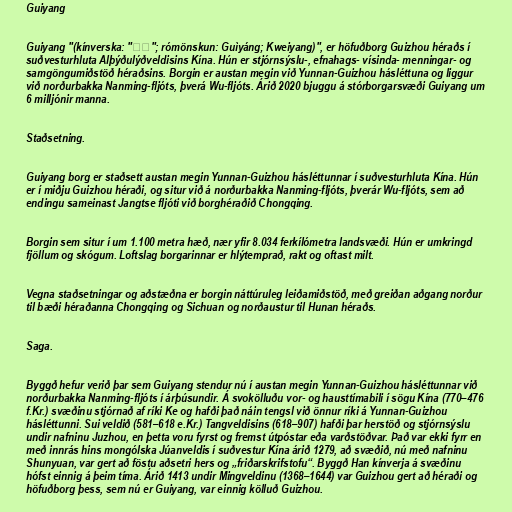
Guiyang

Guiyang "(kínverska: "贵阳"; rómönskun: Guìyáng; Kweiyang)", er höfuðborg Guizhou héraðs í
suðvesturhluta Alþýðulýðveldisins Kína. Hún er stjórnsýslu-, efnahags- vísinda- menningar- og
samgöngumiðstöð héraðsins. Borgin er austan megin við Yunnan-Guizhou hásléttuna og liggur
við norðurbakka Nanming-fljóts, þverá Wu-fljóts. Árið 2020 bjuggu á stórborgarsvæði Guiyang um
6 milljónir manna.

Staðsetning.

Guiyang borg er staðsett austan megin Yunnan-Guizhou hásléttunnar í suðvesturhluta Kína. Hún
er í miðju Guizhou héraði, og situr við á norðurbakka Nanming-fljóts, þverár Wu-fljóts, sem að
endingu sameinast Jangtse fljóti við borghéraðið Chongqing.

Borgin sem situr í um 1.100 metra hæð, nær yfir 8.034 ferkílómetra landsvæði. Hún er umkringd
fjöllum og skógum. Loftslag borgarinnar er hlýtemprað, rakt og oftast milt.

Vegna staðsetningar og aðstæðna er borgin náttúruleg leiðamiðstöð, með greiðan aðgang norður
til bæði héraðanna Chongqing og Sichuan og norðaustur til Hunan héraðs.

Saga.

Byggð hefur verið þar sem Guiyang stendur nú í austan megin Yunnan-Guizhou hásléttunnar við
norðurbakka Nanming-fljóts í árþúsundir. Á svokölluðu vor- og hausttímabili í sögu Kína (770–476
f.Kr.) svæðinu stjórnað af ríki Ke og hafði það náin tengsl við önnur ríki á Yunnan-Guizhou
hásléttunni. Sui veldið (581–618 e.Kr.) Tangveldisins (618–907) hafði þar herstöð og stjórnsýslu
undir nafninu Juzhou, en þetta voru fyrst og fremst útpóstar eða varðstöðvar. Það var ekki fyrr en
með innrás hins mongólska Júanveldis í suðvestur Kína árið 1279, að svæðið, nú með nafninu
Shunyuan, var gert að föstu aðsetri hers og „friðarskrifstofu“. Byggð Han kínverja á svæðinu
hófst einnig á þeim tíma. Árið 1413 undir Mingveldinu (1368–1644) var Guizhou gert að héraði og
höfuðborg þess, sem nú er Guiyang, var einnig kölluð Guizhou.